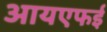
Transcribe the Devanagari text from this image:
आयएफई